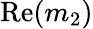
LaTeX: \mathrm{Re}(m_{2})